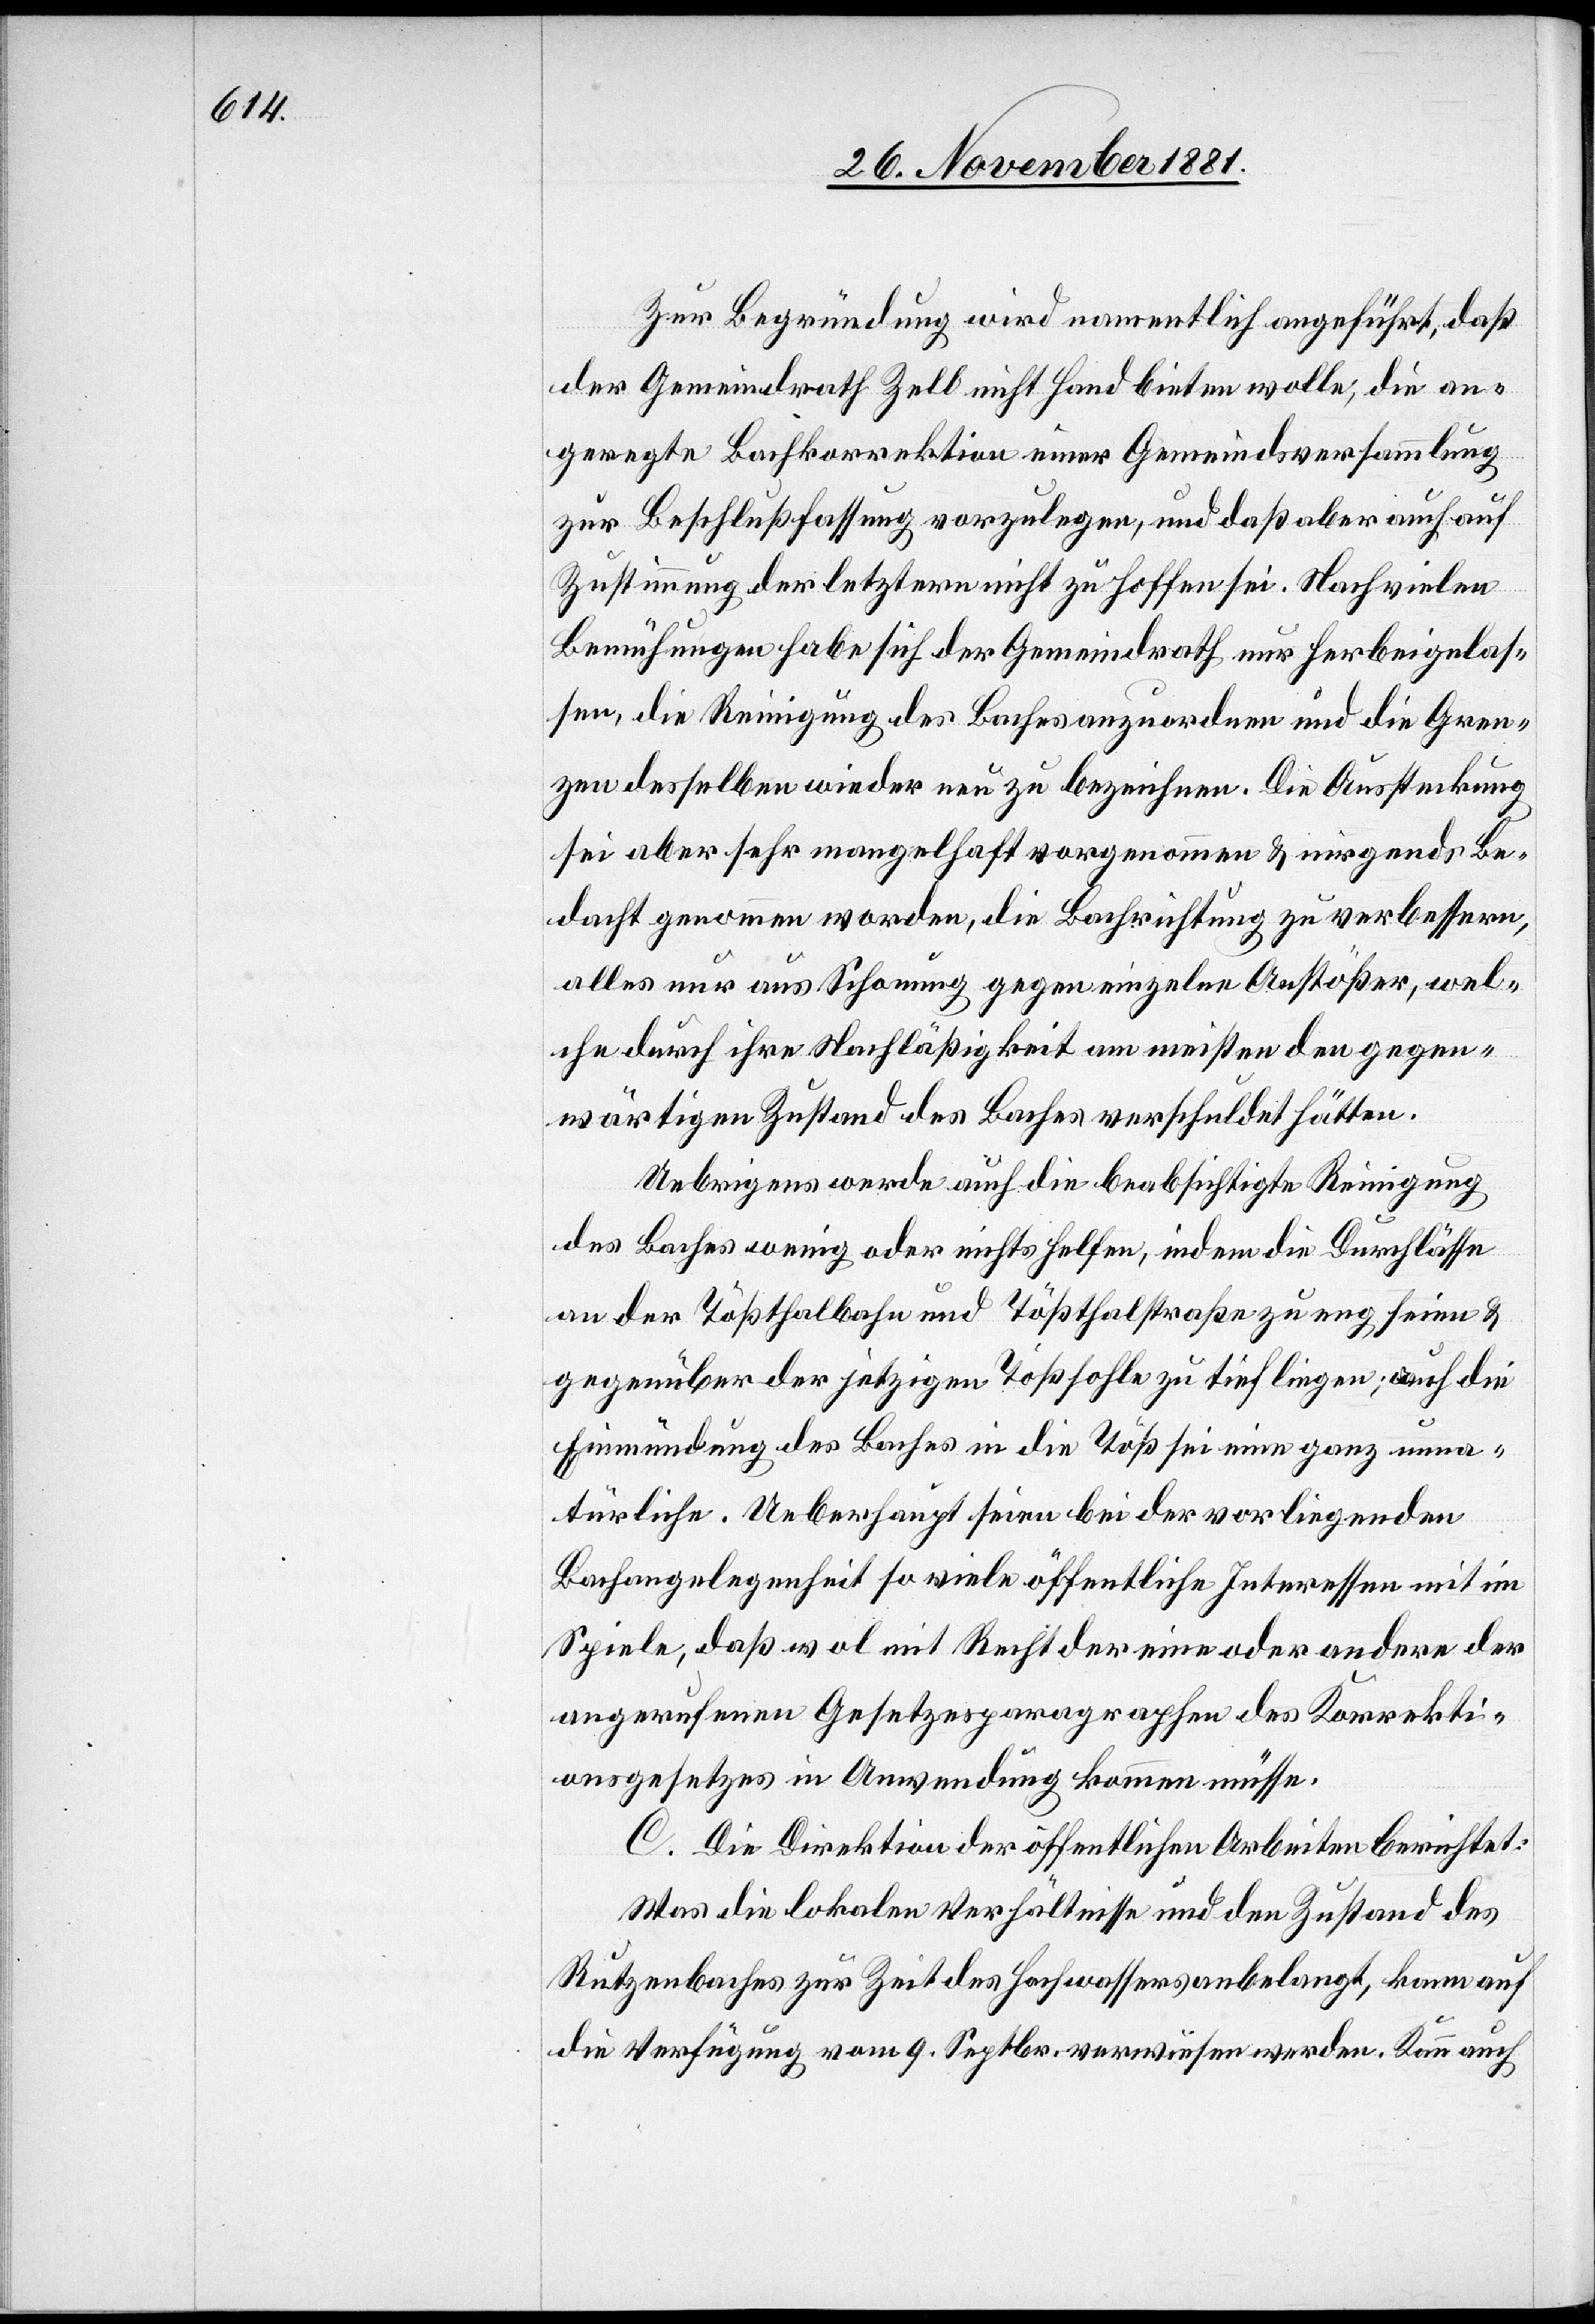
Zur Begründung wird namentlich angeführt, daß
der Gemeindrath Zell nicht Hand bieten wolle, die an¬
geregte Bachkorrektion einer Gemeindsversammlung
zur Beschlußfassung vorzulegen, und daß aber auch auf
Zustimmung der letztern nicht zu hoffen sei. Nach vielen
Bemühungen habe sich der Gemeindrath nur herbeigelas¬
sen, die Reinigung des Baches anzuordnen und die Gren¬
zen desselben wieder neu zu bezeichnen. Die Aussteckung
sei aber sehr mangelhaft vorgenommen & nirgends Be¬
dacht genommen worden, die Bahnrichtung zu verbessern,
alles nur aus Schonung gegen einzelne Anstößer, wel¬
che durch ihre Nachläßigkeit am meisten den gegen¬
wärtigen Zustand des Baches verschuldet hätten.
Uebrigens werde auch die beabsichtigte Reinigung
des Baches wenig oder nichts helfen, indem die Durchlässe
an der Tößthalbahn und Tößthalstraße zu eng seien &
gegenüber der jetzigen Tößsohle zu tief liegen; auch die
Einmündung des Baches in die Töß sei eine ganz unna¬
türliche. Ueberhaupt seien bei der vorliegenden
Bachangelegenheit so viele öffentliche Interessen mit im
Spiele, daß wol mit Recht der eine oder andere der
angerufenen Gesetzesparagraphen des Korrekti¬
onsgesetzes in Anwendung kommen müsse.
C. Die Direktion der öffentlichen Arbeiten berichtet:
Was die lokalen Verhältnisse und den Zustand des
Rutzenbaches zur Zeit des Hochwassers anbelangt, kann auf
die Verfügung vom 9. Septbr. verwiesen werden. Kann auch